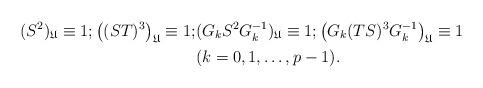
LaTeX: \begin{align*}(S^2)_\mathfrak{U}\equiv 1;\left((ST)^3\right)_\mathfrak{U}\equiv 1;&(G_k S^2 G^{-1}_k)_\mathfrak{U}\equiv 1;\left(G_k(TS)^3 G^{-1}_k\right)_\mathfrak{U}\equiv 1\\&(k=0,1,\ldots,p-1).\end{align*}